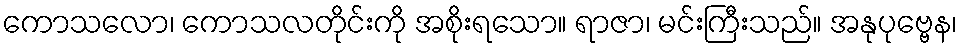
ကောသလော၊ ကောသလတိုင်းကို အစိုးရသော။ ရာဇာ၊ မင်းကြီးသည်။ အနုပုဗ္ဗေန၊